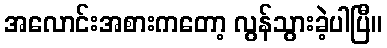
အလောင်းအစားကတော့ လွန်သွားခဲ့ပါပြီ။